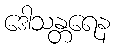
ဒေါသန္တရေန